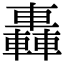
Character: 轟